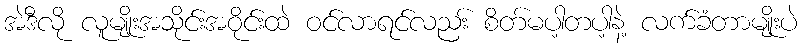
အဲဒီလို လူမျိုးအသိုင်းအဝိုင်းထဲ ဝင်လာရင်လညး် စိတ်မပါ့တပါ့နဲ့ လက်ခံတာမျိုးပဲ